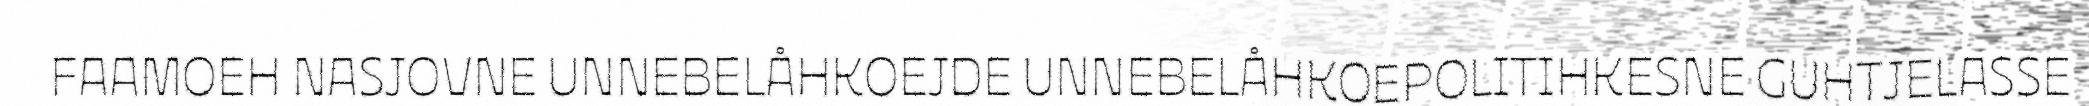
FAAMOEH NASJOVNE UNNEBELÅHKOEJDE UNNEBELÅHKOEPOLITIHKESNE GUHTJELASSE